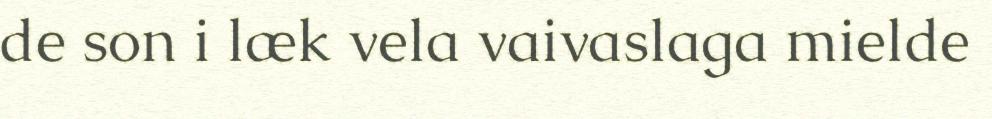
de son i læk vela vaivaslaga mielde